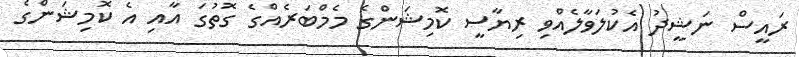
ރައީސް ނަޝީދު އެކުލަވާލެއްވި ރިޔާސީ ކޮމިޝަންގެ މެމްބަރެއްގެ ގޮތުގަ އާއި އެ ކޮމިޝަންގެ